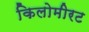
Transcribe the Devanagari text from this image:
किलोमीरट